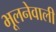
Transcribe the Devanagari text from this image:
भूलनेवाली